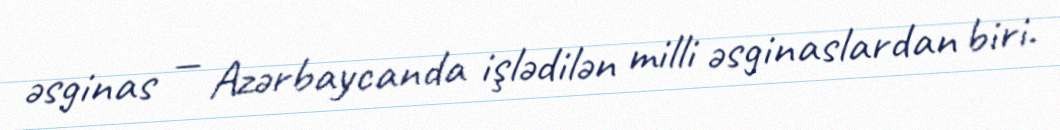
əsginas — Azərbaycanda işlədilən milli əsginaslardan biri.